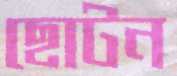
ছোটন